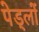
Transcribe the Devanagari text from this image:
पेड्लों